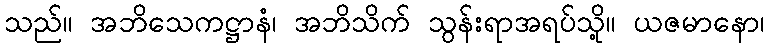
သည်။ အဘိသေကဋ္ဌာနံ၊ အဘိသိက် သွန်းရာအရပ်သို့။ ယဇမာနော၊